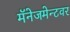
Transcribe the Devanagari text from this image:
मॅनेजमेन्टवर